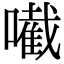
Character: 𡁶